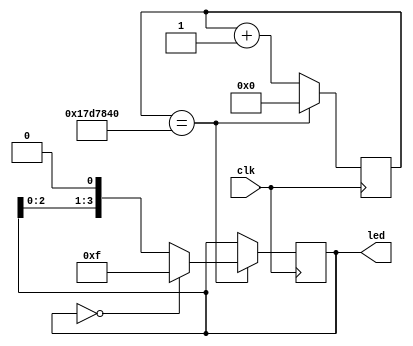
module lomot(led,clk);// ģ˿ڲ
output[3:0]led;				// ˿ڶ
input clk; // ˿ڶ壬50M ʱ
reg[3:0] led;//led_out ΪĴ
//reg[4:0] led1;//led_out ΪĴ
reg[24:0] counter;//led_out ΪĴ

always@(posedge clk)
begin
    counter<=counter+1;
	if(counter==25'd25000000)
	begin
		led<=led<<1;// led λλԶ0 λ
		counter<=0;//0
		if(led==8'b0000)//ÿʱٽ,һλ,һֱ8λȫΪ0
		led<=8'b1111;//¸ֵΪȫ1,
	end
	
end
endmodule